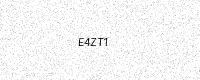
Text: E4ZT1